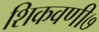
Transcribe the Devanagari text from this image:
शिकवणी७